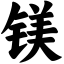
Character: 镁